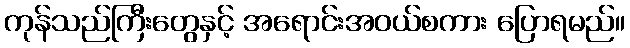
ကုန်သည်ကြီးတွေနှင့် အရောင်းအဝယ်စကား ပြောရမည်။